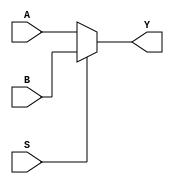
// This program was cloned from: https://github.com/Aurora2580/verilog
// License: MIT License

module MUX2_5B (A,B,S,Y);
    input [4:0] A,B;
    input S;
    output [4:0] Y;
    assign Y = (S)? B: A; 
endmodule